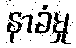
နာခံမှု